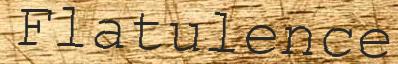
Flatulence